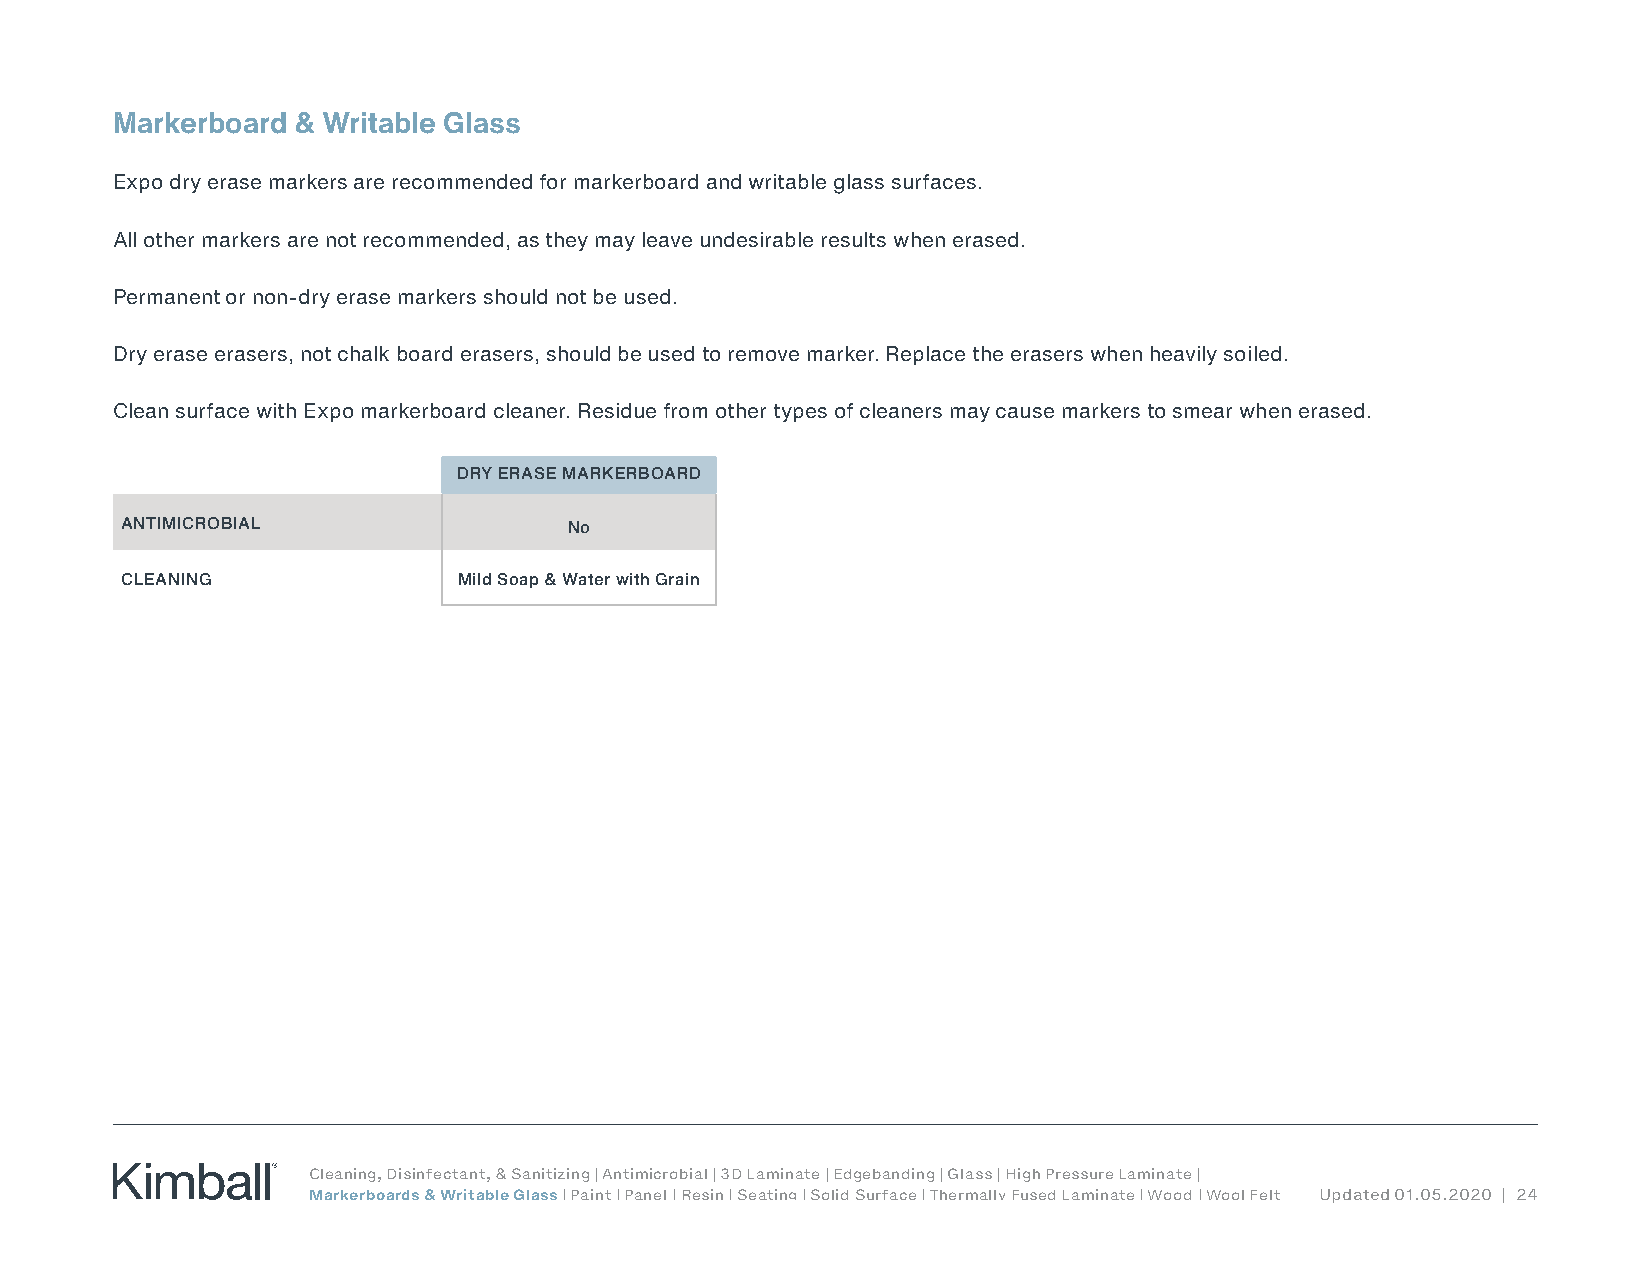
Markerboard & Writable Glass
 Expo dry erase markers are recommended for markerboard and writable glass surfaces.
 All other markers are not recommended, as they may leave undesirable results when erased.
 Permanent or non-dry erase markers should not be used.
 Dry erase erasers, not chalk board erasers, should be used to remove marker. Replace the erasers when heavily soiled.
 Clean surface with Expo markerboard cleaner. Residue from other types of cleaners may cause markers to smear when erased.
 DRY ERASE MARKERBOARD
 ANTIMICROBIAL                 No
 CLEANING              Mild Soap & Water with Grain
 Cleaning, Disinfectant, & Sanitizing | Antimicrobial | 3D Laminate | Edgebanding | Glass | High Pressure Laminate |
 Markerboards & Writable Glass | Paint | Panel | Resin | Seating | Solid Surface | Thermally Fused Laminate | Wood | Wool Felt Updated 01.05.2020 | 24